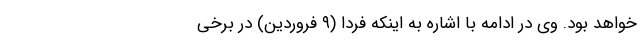
خواهد بود. وی در ادامه با اشاره به اینکه فردا (۹ فروردین) در برخی